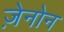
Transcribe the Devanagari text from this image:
ज़ेनोन